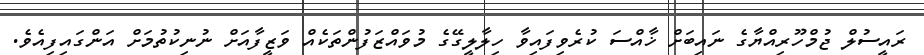
ރައީސުލް ޖުމްހޫރިއްޔާގެ ނައިބަށް ޚާއްސަ ކުރެވިފައިވާ ހިލާލީގޭގެ މުވައްޒަފުންތަކެއް ވަޒީފާއަށް ނުނިކުތުމަށް އަންގައިފިއެވެ.